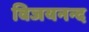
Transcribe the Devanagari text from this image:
विजयनन्द